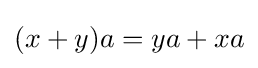
(x+y)a=ya+xa